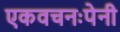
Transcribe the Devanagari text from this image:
एकवचनःपेनी